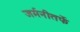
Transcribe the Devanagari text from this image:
जर्मनीतर्फे